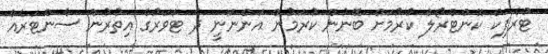
ޓްރެފިކް ކޮންޓްރޯލް ކުރުމަށް ބޭނުން ކުރަމުން އަންނަނީ ދެ ޓަވަރުގެ އިތުރުން ސެންޓަރެއް